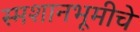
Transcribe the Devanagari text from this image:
स्मशानभूमीचे